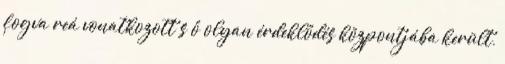
fogva reá vonatkozott s ő olyan érdeklődés központjába került,